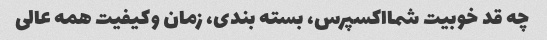
چه قد خوبیت شمااکسپرس، بسته بندی، زمان وکیفیت همه عالی